Lunatic asylums Punjab 1881-1894 - 1881-1894
Year: 1881
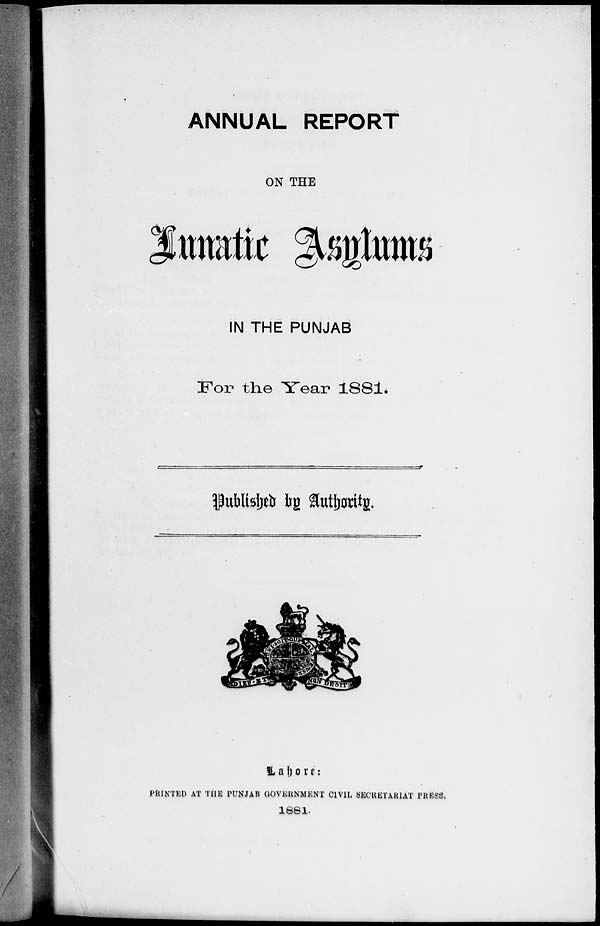
ANNUAL REPORT
ON THE
Lunatic Asylums
IN THE PUNJAB
For the Year 1881.
Published by Authority.
Lahore:
PRINTED AT THE PUNJAB GOVERNMENT CIVIL SECRETARIAT PRESS,
1881.